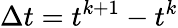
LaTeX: \Delta t=t^{k+1}-t^{k}